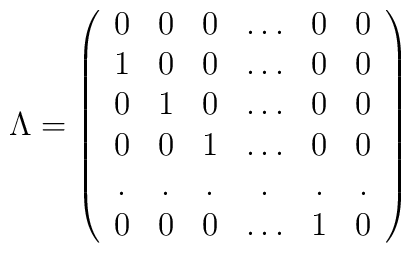
\Lambda=\left( \begin{array}{cccccc}0&0&0&\ldots&0&0\\1&0&0&\ldots&0&0\\0&1&0&\ldots&0&0\\0&0&1&\ldots&0&0\\.&.&.&.&.&.\\0&0&0&\ldots&1&0 \end{array}\right)